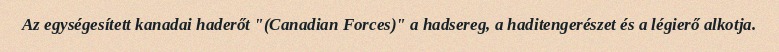
Az egységesített kanadai haderőt "(Canadian Forces)" a hadsereg, a haditengerészet és a légierő alkotja.